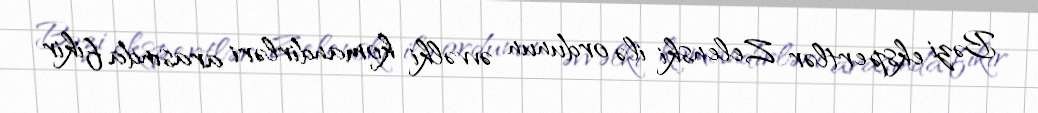
Bəzi ekspertlər Zelenski ilə ordunun əvvəlki komandirləri arasında fikir